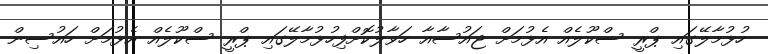
ހުޅުމާލޭގައި ޕްރީ ސްކޫލެއް އެޅުމަށް ޖައުސާއާ ހަވާލުކޮށްފިހުޅުމާލޭގައި ޕްރީ ސްކޫލެއް އެޅުމަށް ހައުސިން